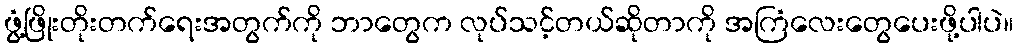
ဖွံ့ဖြိုးတိုးတက်ရေးအတွက်ကို ဘာတွေက လုပ်သင့်တယ်ဆိုတာကို အကြံလေးတွေပေးဖို့ပါပဲ။